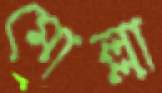
মোল্লা